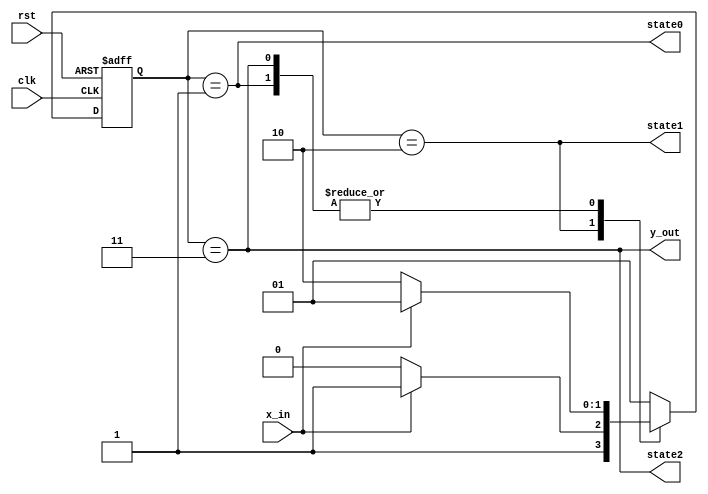
module moore01(x_in,y_out,clk,rst,state0,state1,state2);                                                  // Module for moore machine of Question 2
input x_in,clk,rst;                                                                  // Declaring input variables
output y_out,state0,state1,state2;                                                                        // Declaring output variables
reg [1:0] state,nxtstate;                                                            // Declaring reg variables
parameter S0=1,S1=2,S2=3;                                                            // Declaring three parameters
always@(posedge rst,posedge clk)                                                     // Starting of 'always' block
if (rst) state <= S0;
else state <= nxtstate;
always@(*)
case (state)
S0: 
if (x_in) nxtstate <=S0;
else nxtstate <= S1;
S1:
if (x_in) nxtstate <= S2;
else nxtstate <= S1;
S2:
if (x_in) nxtstate <= S0;
else nxtstate <= S1;
default: nxtstate <= S0;
endcase 
assign y_out = (state==S2);                                                           // Assigning value to output
assign state0 = (state==S0);
assign state1 = (state==S1);
assign state2 = (state==S2);
endmodule                                                                             // End of module





module q2_moore_test_b;                                                                   // Starting of test bench 
reg clk1=1,rst1=1,x_inp1=0;                                                           // Declaring reg variables
wire y_out1,state01,state11,state21;                                                                          // Declaring wire
moore01 q2a(x_inp1,y_out1,clk1,rst1,state01,state11,state21);                                                 // Connecting the above module with the test bench                           
always #5 clk1 = ~clk1;
initial
begin
$display("time =%g\t ,x_inp1=%b, rst1=%b, y_out1=%b,clk1=%b,state01=%b,state11=%b,state21=%b", $time, x_inp1, rst1, y_out1,clk1,state01,state11,state21);
#10 rst1=0;
#10 x_inp1=0;                                                                          // For input  0100110111
#10 x_inp1=1;
#10 x_inp1=0;  
#10 x_inp1=0;
#10 x_inp1=1;
#10 x_inp1=1;
#10 x_inp1=0;  
#10 x_inp1=1;
#10 x_inp1=1;
#10 x_inp1=1; 
#100 $stop;                                                                            // The code will run for 100ns
end                        
endmodule                                                                              // End of test bench